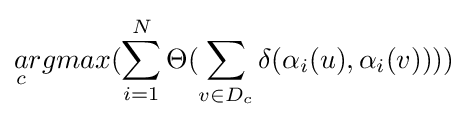
{\begin{aligned}{\underset {c}{a}}rgmax(\sum _{i=1}^{N}\Theta (\sum _{v\in D_{c}}\delta (\alpha _{i}(u),\alpha _{i}(v))))\end{aligned}}